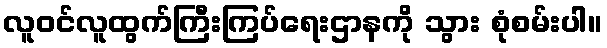
လူဝင်လူထွက်ကြီးကြပ်ရေးဌာနကို သွား စုံစမ်းပါ။